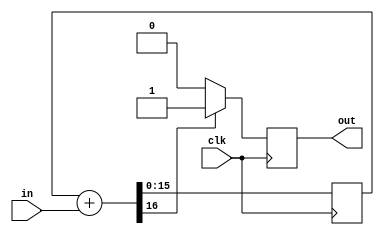
module DeltaSigma(clk, in, out);
    parameter bits = 16;
    
    input wire clk;
    input wire [bits - 1 : 0] in;
    output reg out;

    reg [bits : 0] sum = 0;
    
    always @(posedge clk)
    begin 
        sum = sum + in;
        
        if (sum[bits])
        begin
            sum[bits] = 0;
            out = 1;
        end
        else
            out = 0;
    end
endmodule